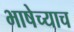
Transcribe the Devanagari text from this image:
भाषेच्याच